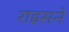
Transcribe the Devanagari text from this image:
राइसने